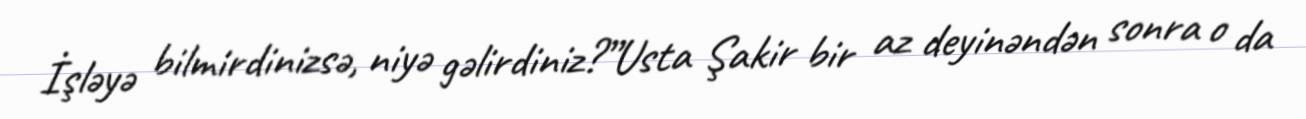
İşləyə bilmirdinizsə, niyə gəlirdiniz?”Usta Şakir bir az deyinəndən sonra o da